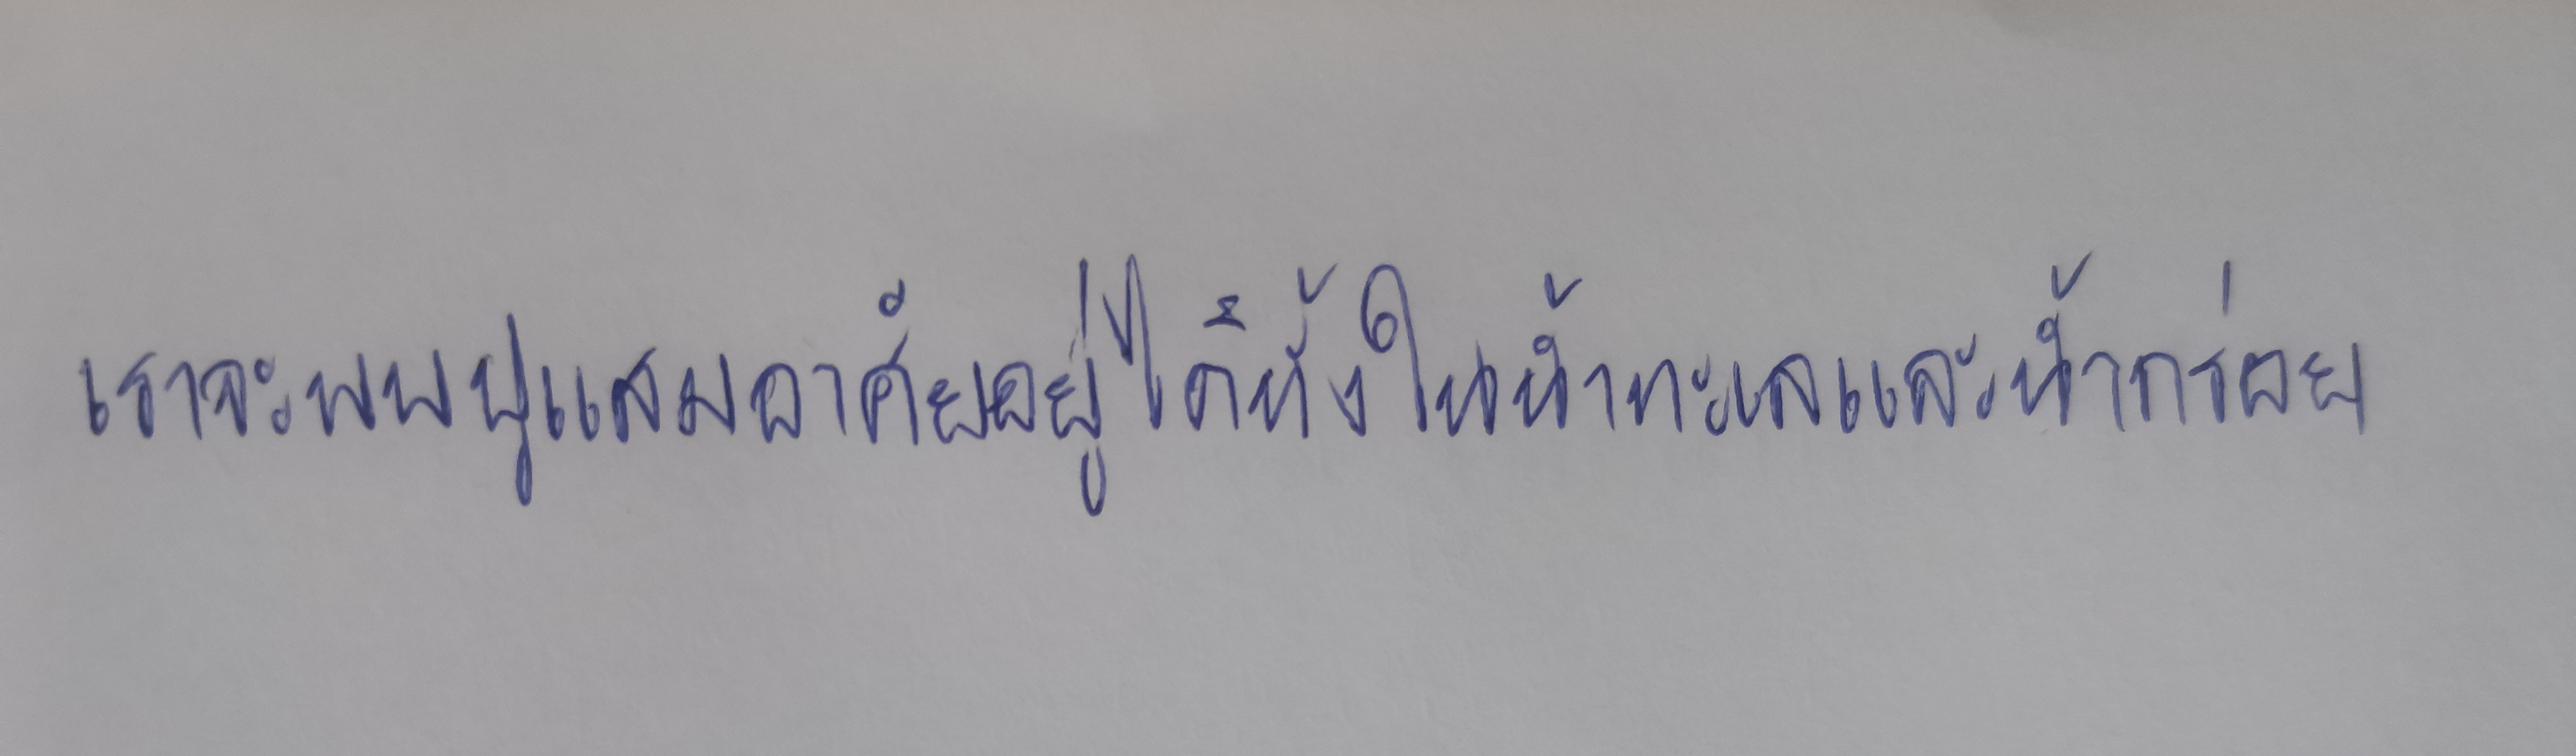
เราจะพบปูแสมอาศัยอยู่ได้ทั้งในน้ำทะเลและน้ำกร่อย